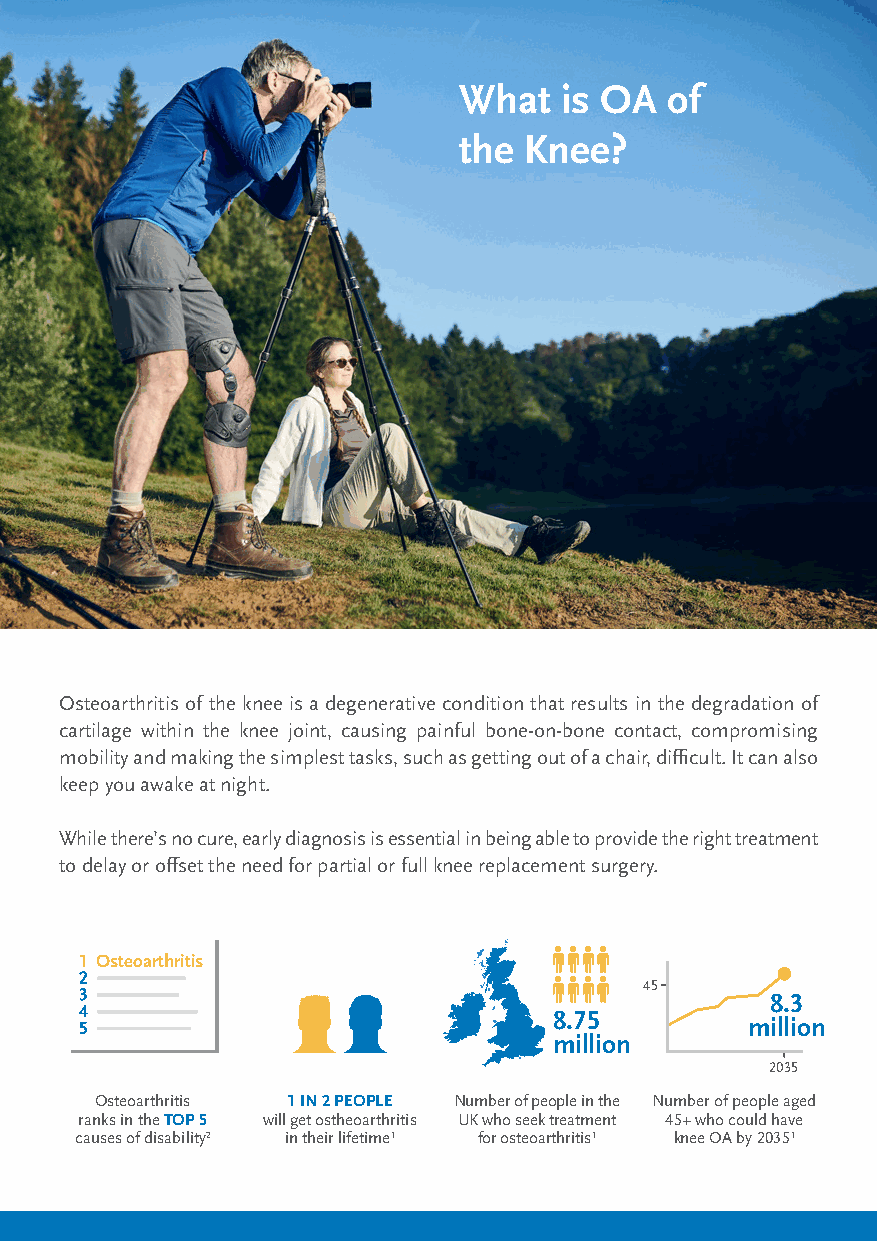
What   is OA  of
 the  Knee?
 Osteoarthritis of the knee is a degenerative condition that results in the degradation of
 cartilage within the knee joint, causing painful bone-on-bone contact, compromising
 mobility and making the simplest tasks, such as getting out of a chair, difficult. It can also
 keep you awake at night.
 While there’s no cure, early diagnosis is essential in being able to provide the right treatment
 to delay or offset the need for partial or full knee replacement surgery.
 Osteoarthritis
 45
 8.3
 8.75
 million
 million
 2035
 Osteoarthritis 1 IN 2 PEOPLE Number of people in the Number of people aged
 ranks in the TOP 5 will get ostheoarthritis UK who seek treatment 45+ who could have
 causes of disability2 in their lifetime1 for osteoarthritis1 knee OA by 20351